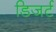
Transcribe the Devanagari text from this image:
डिजर्ट